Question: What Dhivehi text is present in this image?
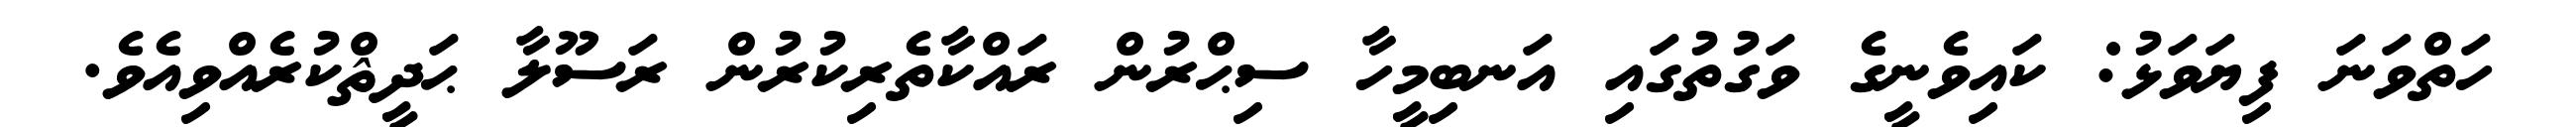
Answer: ހަތްވަނަ ފިޔަވަޅު: ކައިވެނީގެ ވަގުތުގައި އަނބިމީހާ ސިޙްރުން ރައްކާތެރިކުރުން ރަސޫލާ ޙަދީޘްކުރެއްވިއެވެ.